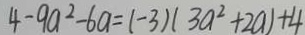
4 - 9 a ^ { 2 } - 6 a = ( - 3 ) ( 3 a ^ { 2 } + 2 a ) + 4